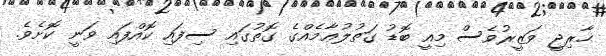
ޙާރިޖީ ވަޒީރުވެސް މިއީ ބޮޑު ގަތުލުޢާމެއްގެ ގޮތުގައި ސިފައި ކޮއްފައި ވަނީ ކޮށެވެ.